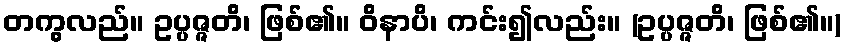
တကွလည်။ ဥပ္ပဇ္ဇတိ၊ ဖြစ်၏။ ဝိနာပိ၊ ကင်း၍လည်း။ (ဥပ္ပဇ္ဇတိ၊ ဖြစ်၏။)